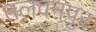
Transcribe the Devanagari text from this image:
तलवनपुर